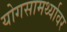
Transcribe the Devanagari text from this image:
योगसामर्थ्यावर